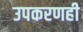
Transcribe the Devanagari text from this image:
उपकरणही